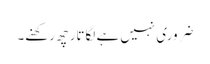
ضروری نہیں ہے لگاتار چھ رکھنے۔